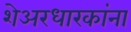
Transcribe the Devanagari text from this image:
शेअरधारकांना